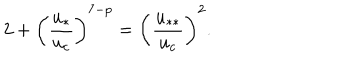
LaTeX: 2 + \left( \frac { u _ { * } } { u _ { c } } \right) ^ { 7 - p } = \left( \frac { u _ { * * } } { u _ { c } } \right) ^ { 2 } .